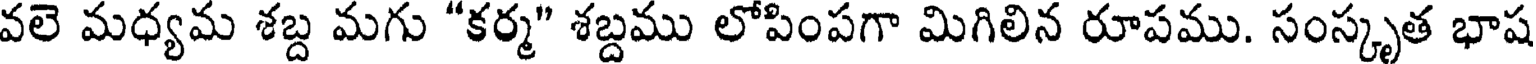
వలె మధ్యమ శబ్ద మగు "కర్మ" శబ్దము లోపింపగా మిగిలిన రూపము. సంస్కృత భాష